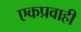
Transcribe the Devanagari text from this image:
एकप्रवाही